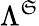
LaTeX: \Lambda^{\mathfrak{S}}